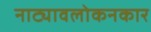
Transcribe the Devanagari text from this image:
नाट्यावलोकनकार